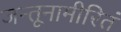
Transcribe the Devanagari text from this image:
जन्तूनामीरितं